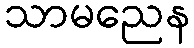
သာမညေန